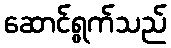
ဆောင်ရွက်သည်